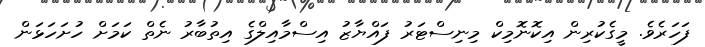
ފަހަރެވެ. މީގެކުރިން އިކޮނޮމިކް މިނިސްޓަރު ފައްޔާޒު އިސްމާއިލްގެ އިތުބާރު ނެތް ކަމަށް ހުށަހަޅަން